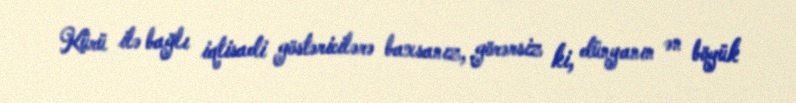
Kürü ilə bağlı iqtisadi göstəricilərə baxsanız, görərsiz ki, dünyanın ən böyük